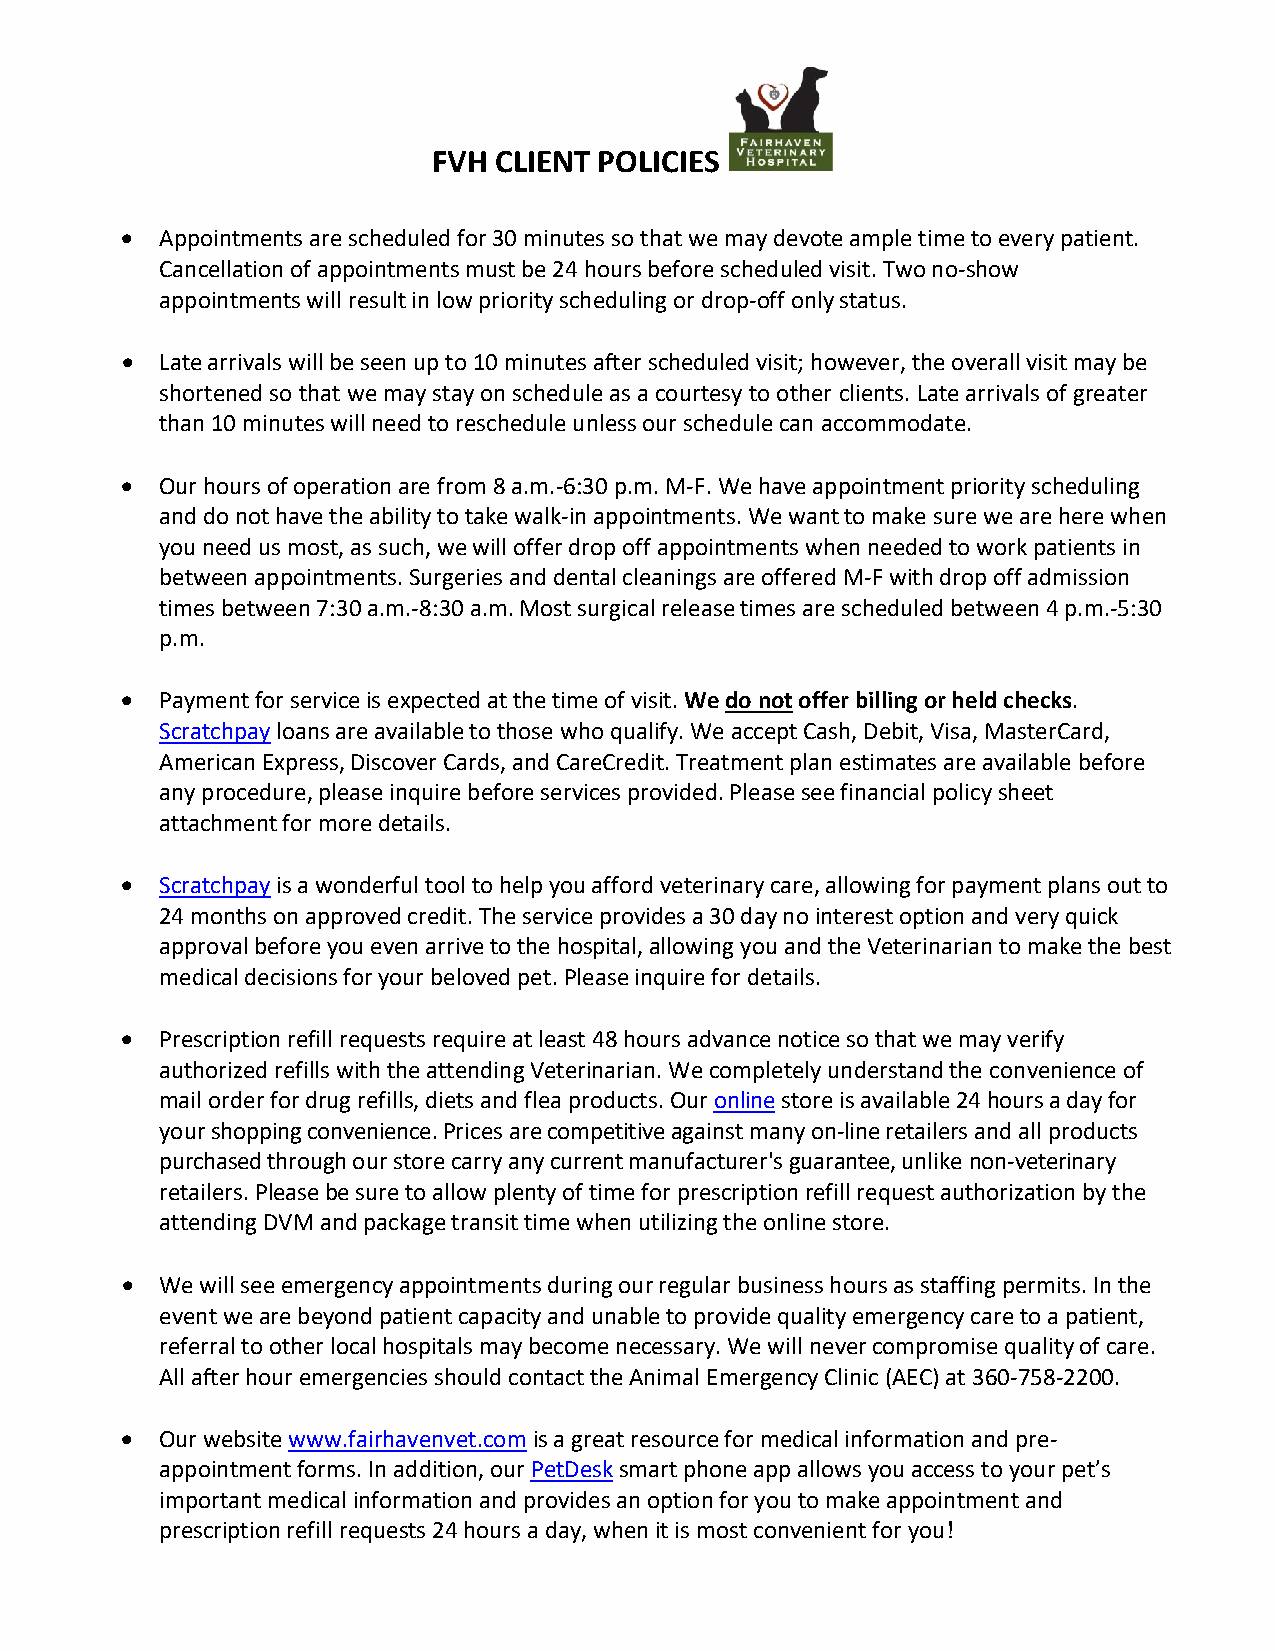
FVH CLIENT POLICIES
 •  Appointments are scheduled for 30 minutes so that we may devote ample time to every patient.
 Cancellation of appointments must be 24 hours before scheduled visit. Two no-show
 appointments will result in low priority scheduling or drop-off only status.
 •  Late arrivals will be seen up to 10 minutes after scheduled visit; however, the overall visit may be
 shortened so that we may stay on schedule as a courtesy to other clients. Late arrivals of greater
 than 10 minutes will need to reschedule unless our schedule can accommodate.
 •  Our hours of operation are from 8 a.m.-6:30 p.m. M-F. We have appointment priority scheduling
 and do not have the ability to take walk-in appointments. We want to make sure we are here when
 you need us most, as such, we will offer drop off appointments when needed to work patients in
 between appointments. Surgeries and dental cleanings are offered M-F with drop off admission
 times between 7:30 a.m.-8:30 a.m. Most surgical release times are scheduled between 4 p.m.-5:30
 p.m.
 •  Payment for service is expected at the time of visit. We do not offer billing or held checks.
 Scratchpay loans are available to those who qualify. We accept Cash, Debit, Visa, MasterCard,
 American Express, Discover Cards, and CareCredit. Treatment plan estimates are available before
 any procedure, please inquire before services provided. Please see financial policy sheet
 attachment for more details.
 •  Scratchpay is a wonderful tool to help you afford veterinary care, allowing for payment plans out to
 24 months on approved credit. The service provides a 30 day no interest option and very quick
 approval before you even arrive to the hospital, allowing you and the Veterinarian to make the best
 medical decisions for your beloved pet. Please inquire for details.
 •  Prescription refill requests require at least 48 hours advance notice so that we may verify
 authorized refills with the attending Veterinarian. We completely understand the convenience of
 mail order for drug refills, diets and flea products. Our online store is available 24 hours a day for
 your shopping convenience. Prices are competitive against many on-line retailers and all products
 purchased through our store carry any current manufacturer's guarantee, unlike non-veterinary
 retailers. Please be sure to allow plenty of time for prescription refill request authorization by the
 attending DVM and package transit time when utilizing the online store.
 •  We will see emergency appointments during our regular business hours as staffing permits. In the
 event we are beyond patient capacity and unable to provide quality emergency care to a patient,
 referral to other local hospitals may become necessary. We will never compromise quality of care.
 All after hour emergencies should contact the Animal Emergency Clinic (AEC) at 360-758-2200.
 •  Our website www.fairhavenvet.com is a great resource for medical information and pre-
 appointment forms. In addition, our PetDesk smart phone app allows you access to your pet’s
 important medical information and provides an option for you to make appointment and
 prescription refill requests 24 hours a day, when it is most convenient for you!